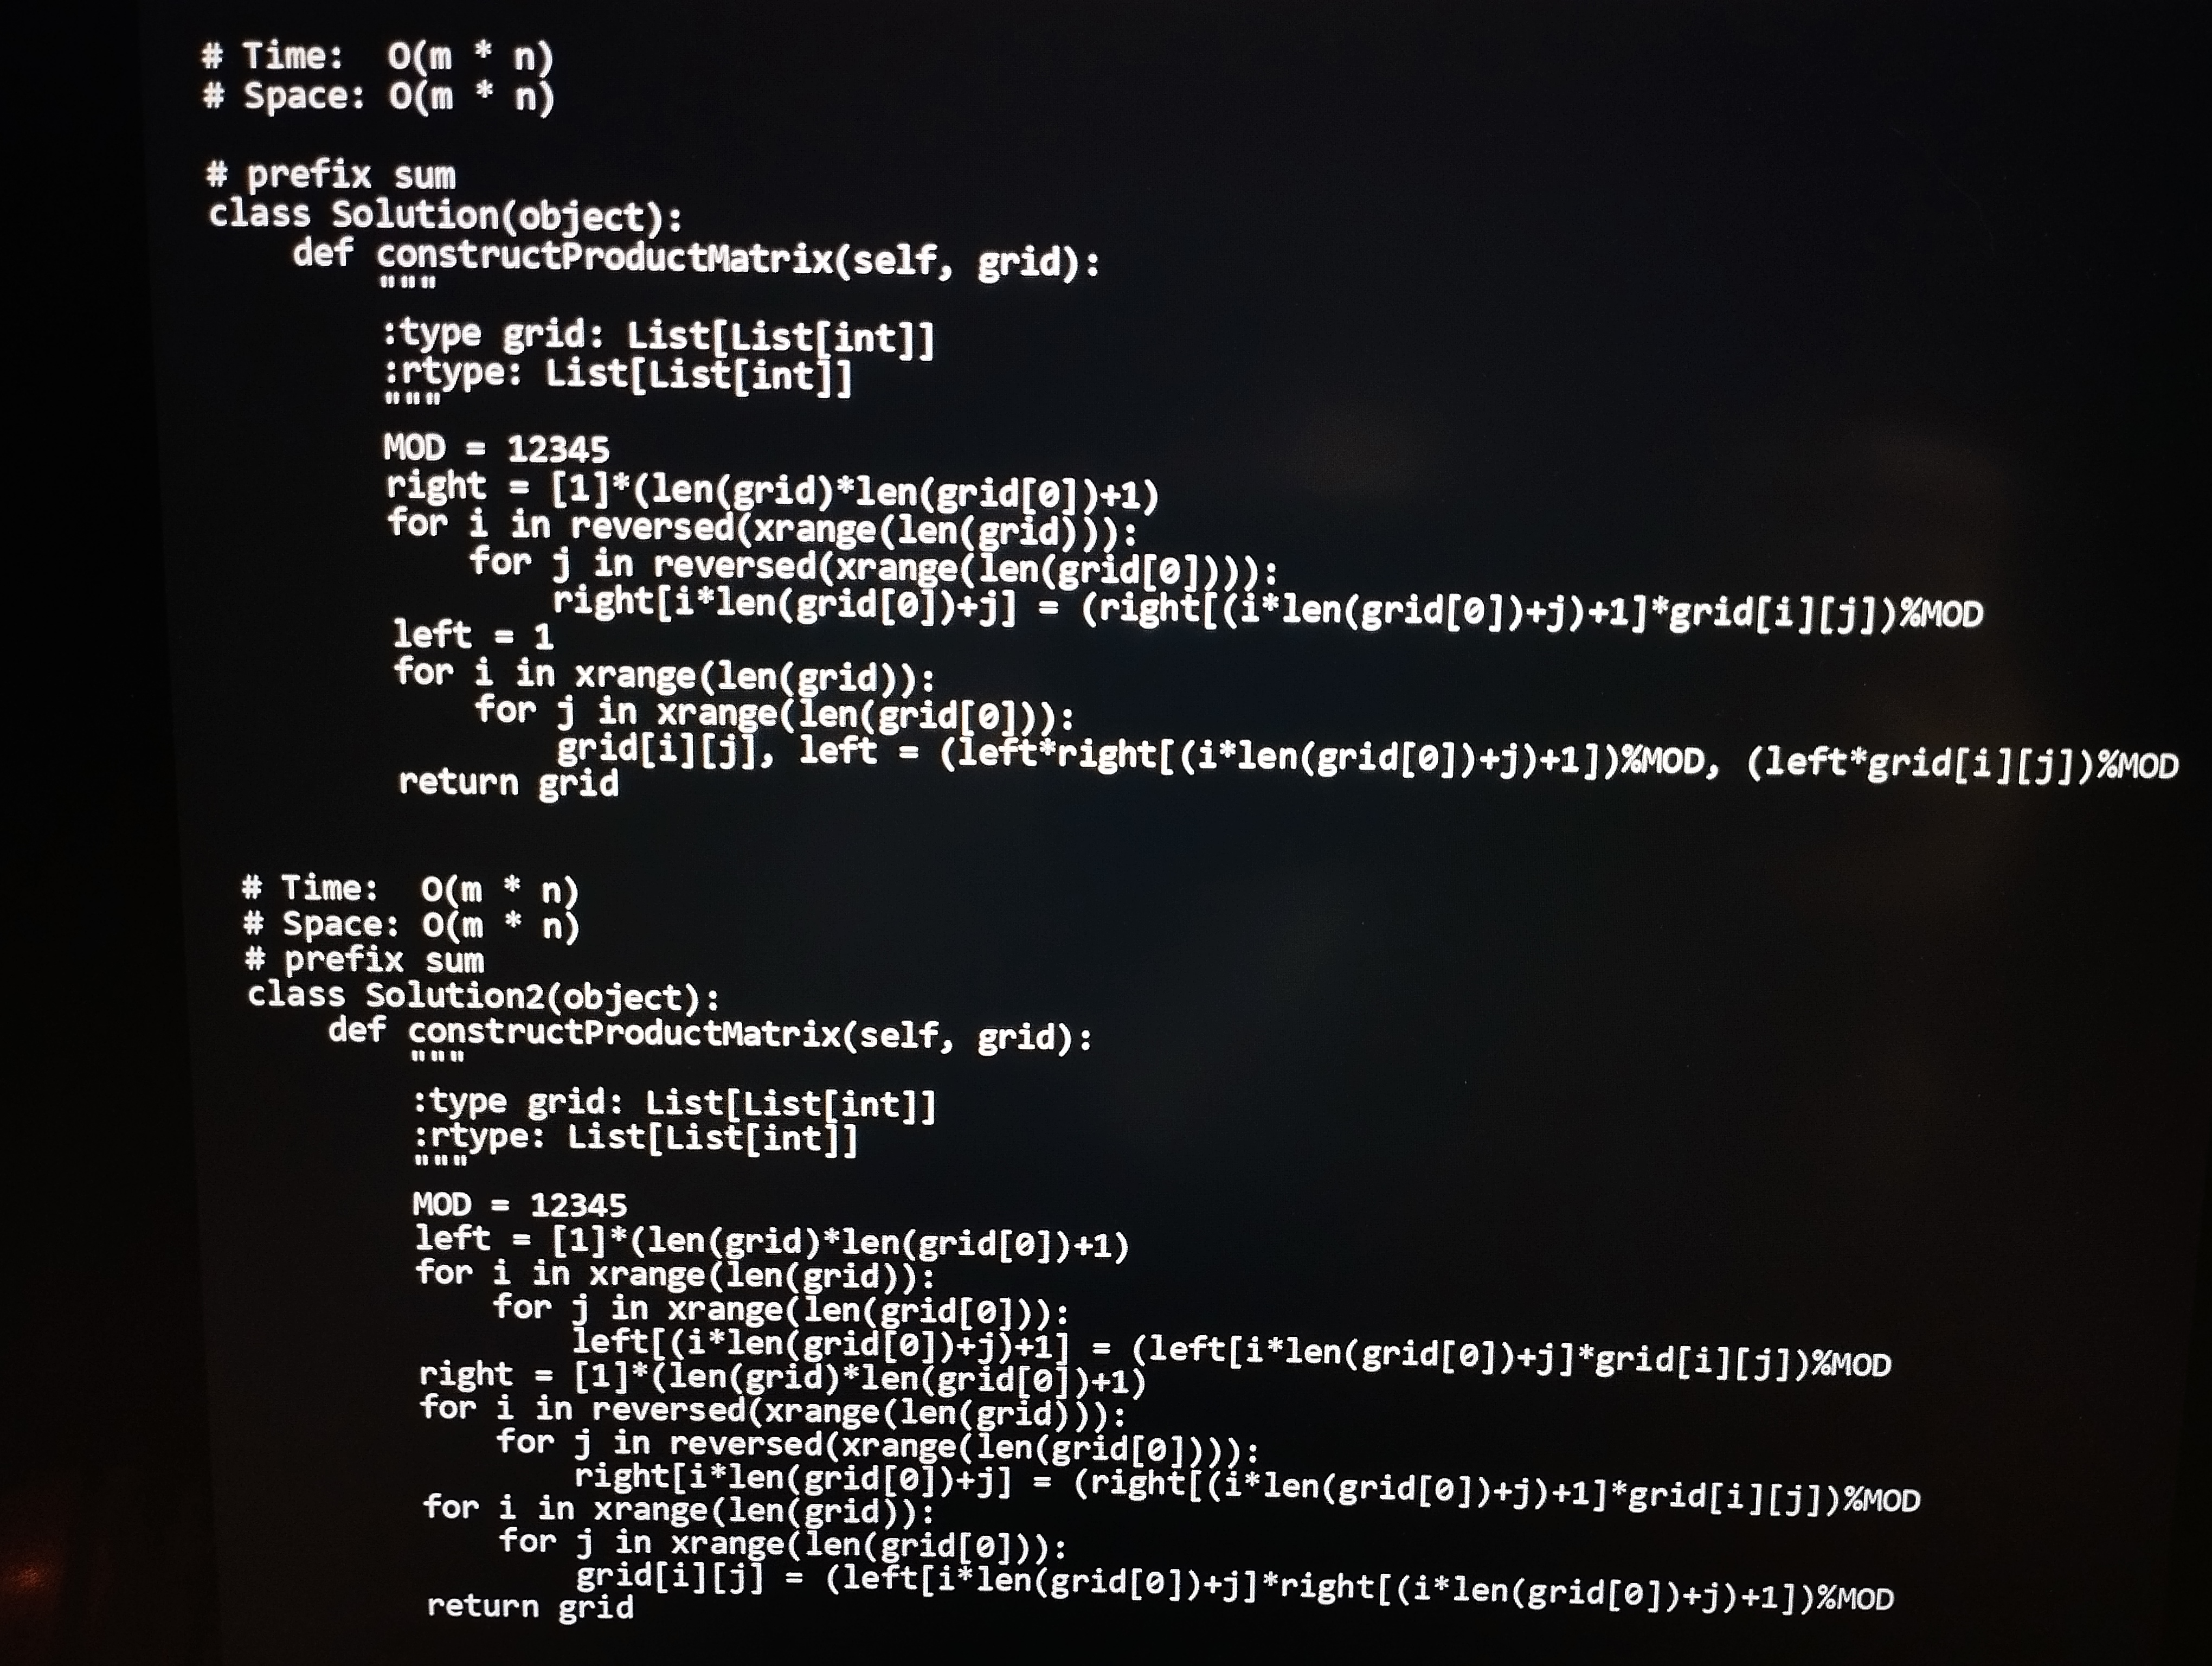
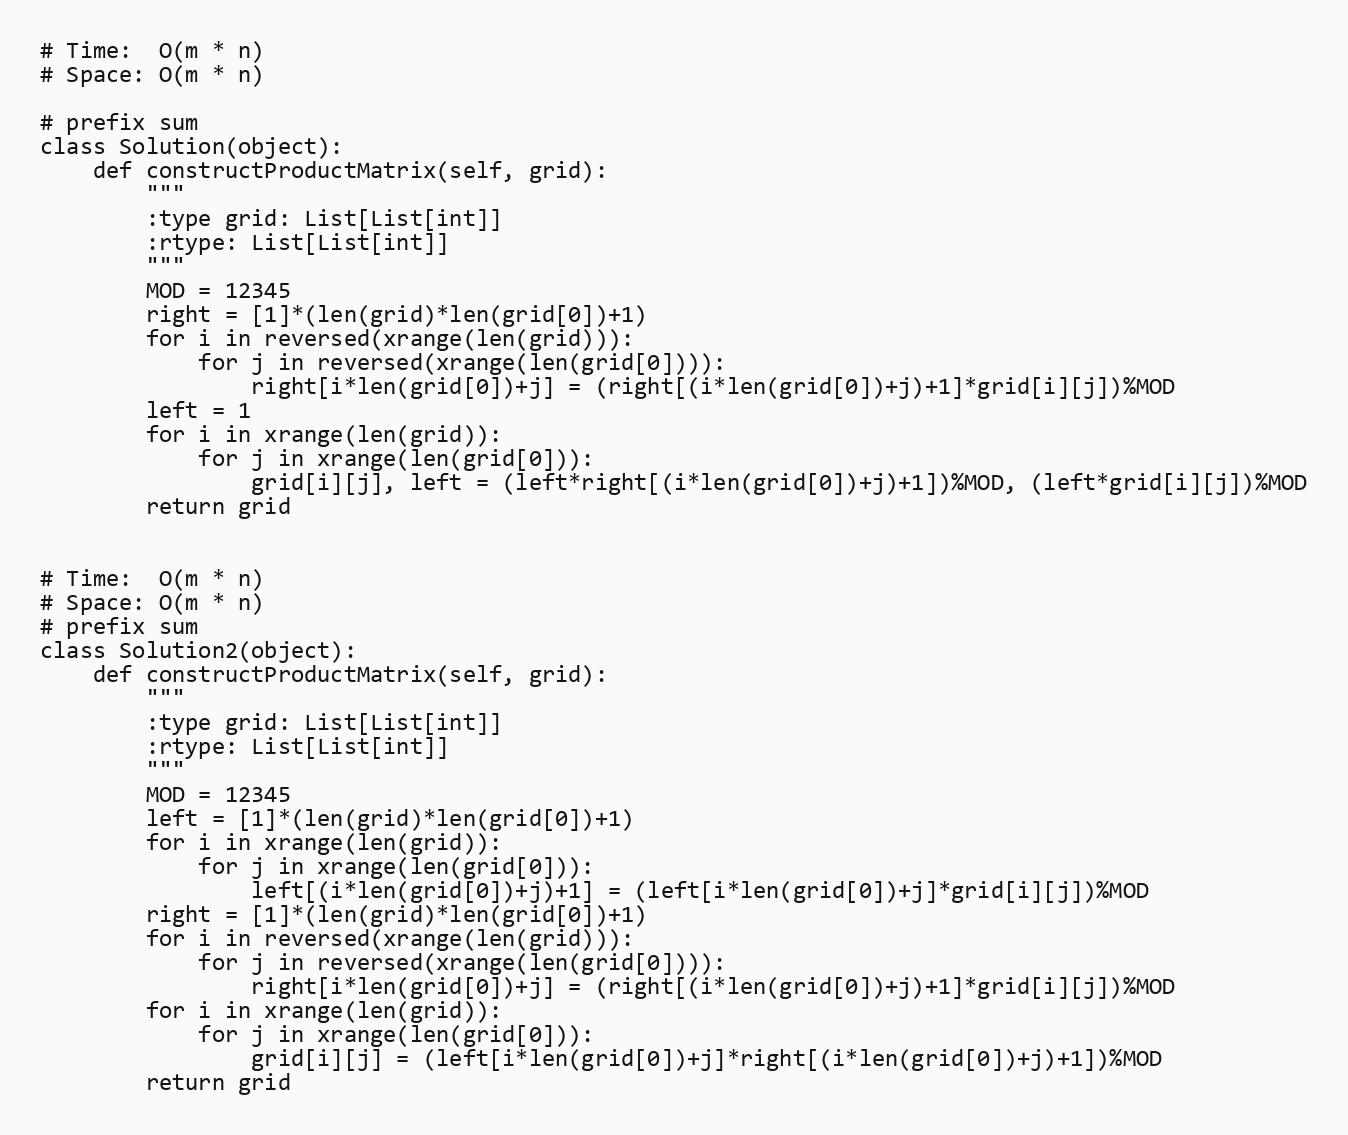
# Time:  O(m * n)
# Space: O(m * n)

# prefix sum
class Solution(object):
    def constructProductMatrix(self, grid):
        """
        :type grid: List[List[int]]
        :rtype: List[List[int]]
        """
        MOD = 12345
        right = [1]*(len(grid)*len(grid[0])+1)
        for i in reversed(xrange(len(grid))):
            for j in reversed(xrange(len(grid[0]))):
                right[i*len(grid[0])+j] = (right[(i*len(grid[0])+j)+1]*grid[i][j])%MOD
        left = 1
        for i in xrange(len(grid)):
            for j in xrange(len(grid[0])):
                grid[i][j], left = (left*right[(i*len(grid[0])+j)+1])%MOD, (left*grid[i][j])%MOD
        return grid

# Time:  O(m * n)
# Space: O(m * n)
# prefix sum
class Solution2(object):
    def constructProductMatrix(self, grid):
        """
        :type grid: List[List[int]]
        :rtype: List[List[int]]
        """
        MOD = 12345
        left = [1]*(len(grid)*len(grid[0])+1)
        for i in xrange(len(grid)):
            for j in xrange(len(grid[0])):
                left[(i*len(grid[0])+j)+1] = (left[i*len(grid[0])+j]*grid[i][j])%MOD
        right = [1]*(len(grid)*len(grid[0])+1)
        for i in reversed(xrange(len(grid))):
            for j in reversed(xrange(len(grid[0]))):
                right[i*len(grid[0])+j] = (right[(i*len(grid[0])+j)+1]*grid[i][j])%MOD
        for i in xrange(len(grid)):
            for j in xrange(len(grid[0])):
                grid[i][j] = (left[i*len(grid[0])+j]*right[(i*len(grid[0])+j)+1])%MOD
        return grid